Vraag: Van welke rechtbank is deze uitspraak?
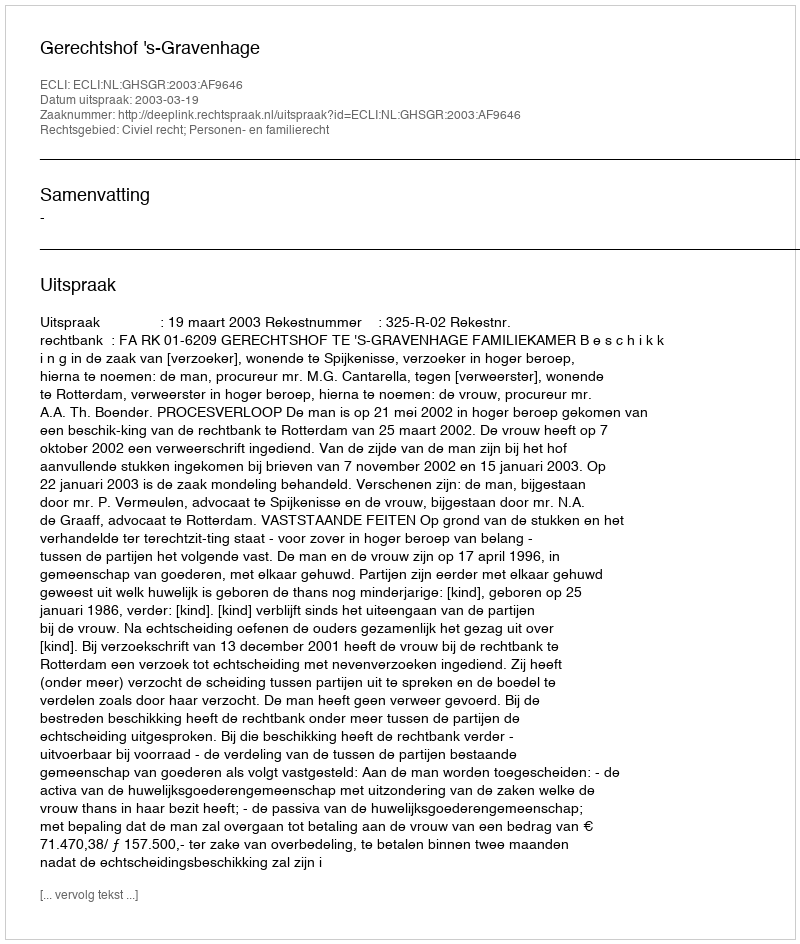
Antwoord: Gerechtshof 's-Gravenhage